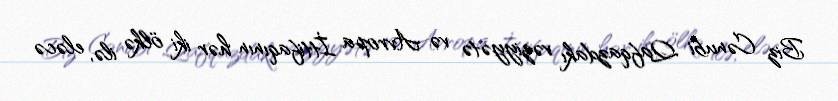
Biz Cənubi Qafqazdakı vəziyyətə və Avropa İttifaqının hər iki ölkə ilə, eləcə